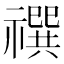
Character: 𰨓